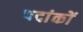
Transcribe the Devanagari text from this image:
पदांकों